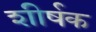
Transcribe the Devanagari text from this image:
शीर्षक